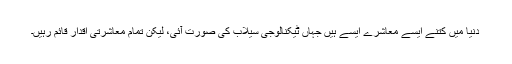
دنیا میں کتنے ایسے معاشرے ایسے ہیں جہاں ٹیکنالوجی سیلاب کی صورت آئی، لیکن تمام معاشرتی اقدار قائم رہیں۔